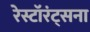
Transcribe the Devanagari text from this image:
रेस्टॉरंट्सना